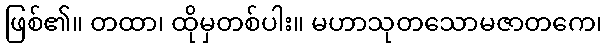
ဖြစ်၏။ တထာ၊ ထိုမှတစ်ပါး။ မဟာသုတသောမဇာတကေ၊